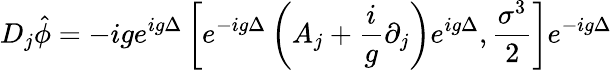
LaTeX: D_{j}\hat{\phi}=-ige^{ig\Delta}\left[e^{-ig\Delta}\left(A_{j}+\frac{i}{g}\partial_{j}\right)e^{ig\Delta},\frac{\sigma^{3}}{2}\right]e^{-ig\Delta}